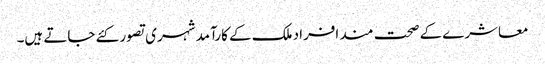
معاشرے کے صحت مند افراد ملک کے کارآمد شہری تصور کئے جاتے ہیں۔